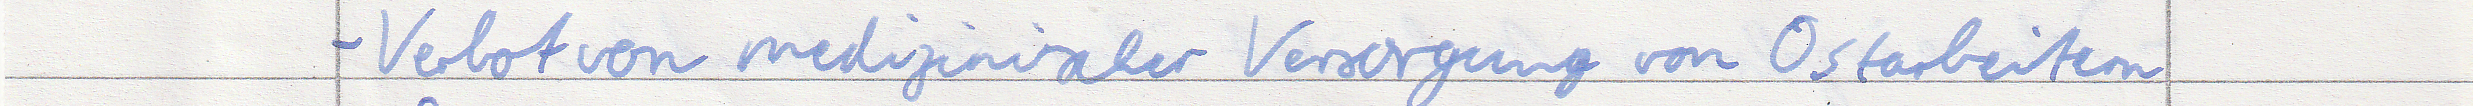
- Verbot von medizinischer Versorgung von Ostarbeitern